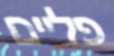
פליים